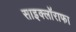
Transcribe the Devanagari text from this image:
साइक्लॉराफा